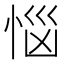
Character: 𢚰